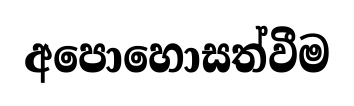
අපොහොසත්වීම